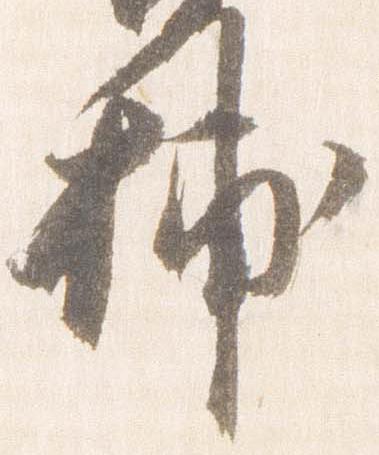
捕